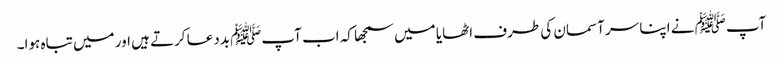
آپﷺ نے اپنا سر آسمان کی طرف اٹھایا میں سمجھا کہ اب آپﷺ بددعا کرتے ہیں اور میں تباہ ہوا۔